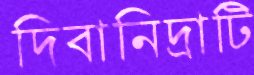
দিবানিদ্রাটি